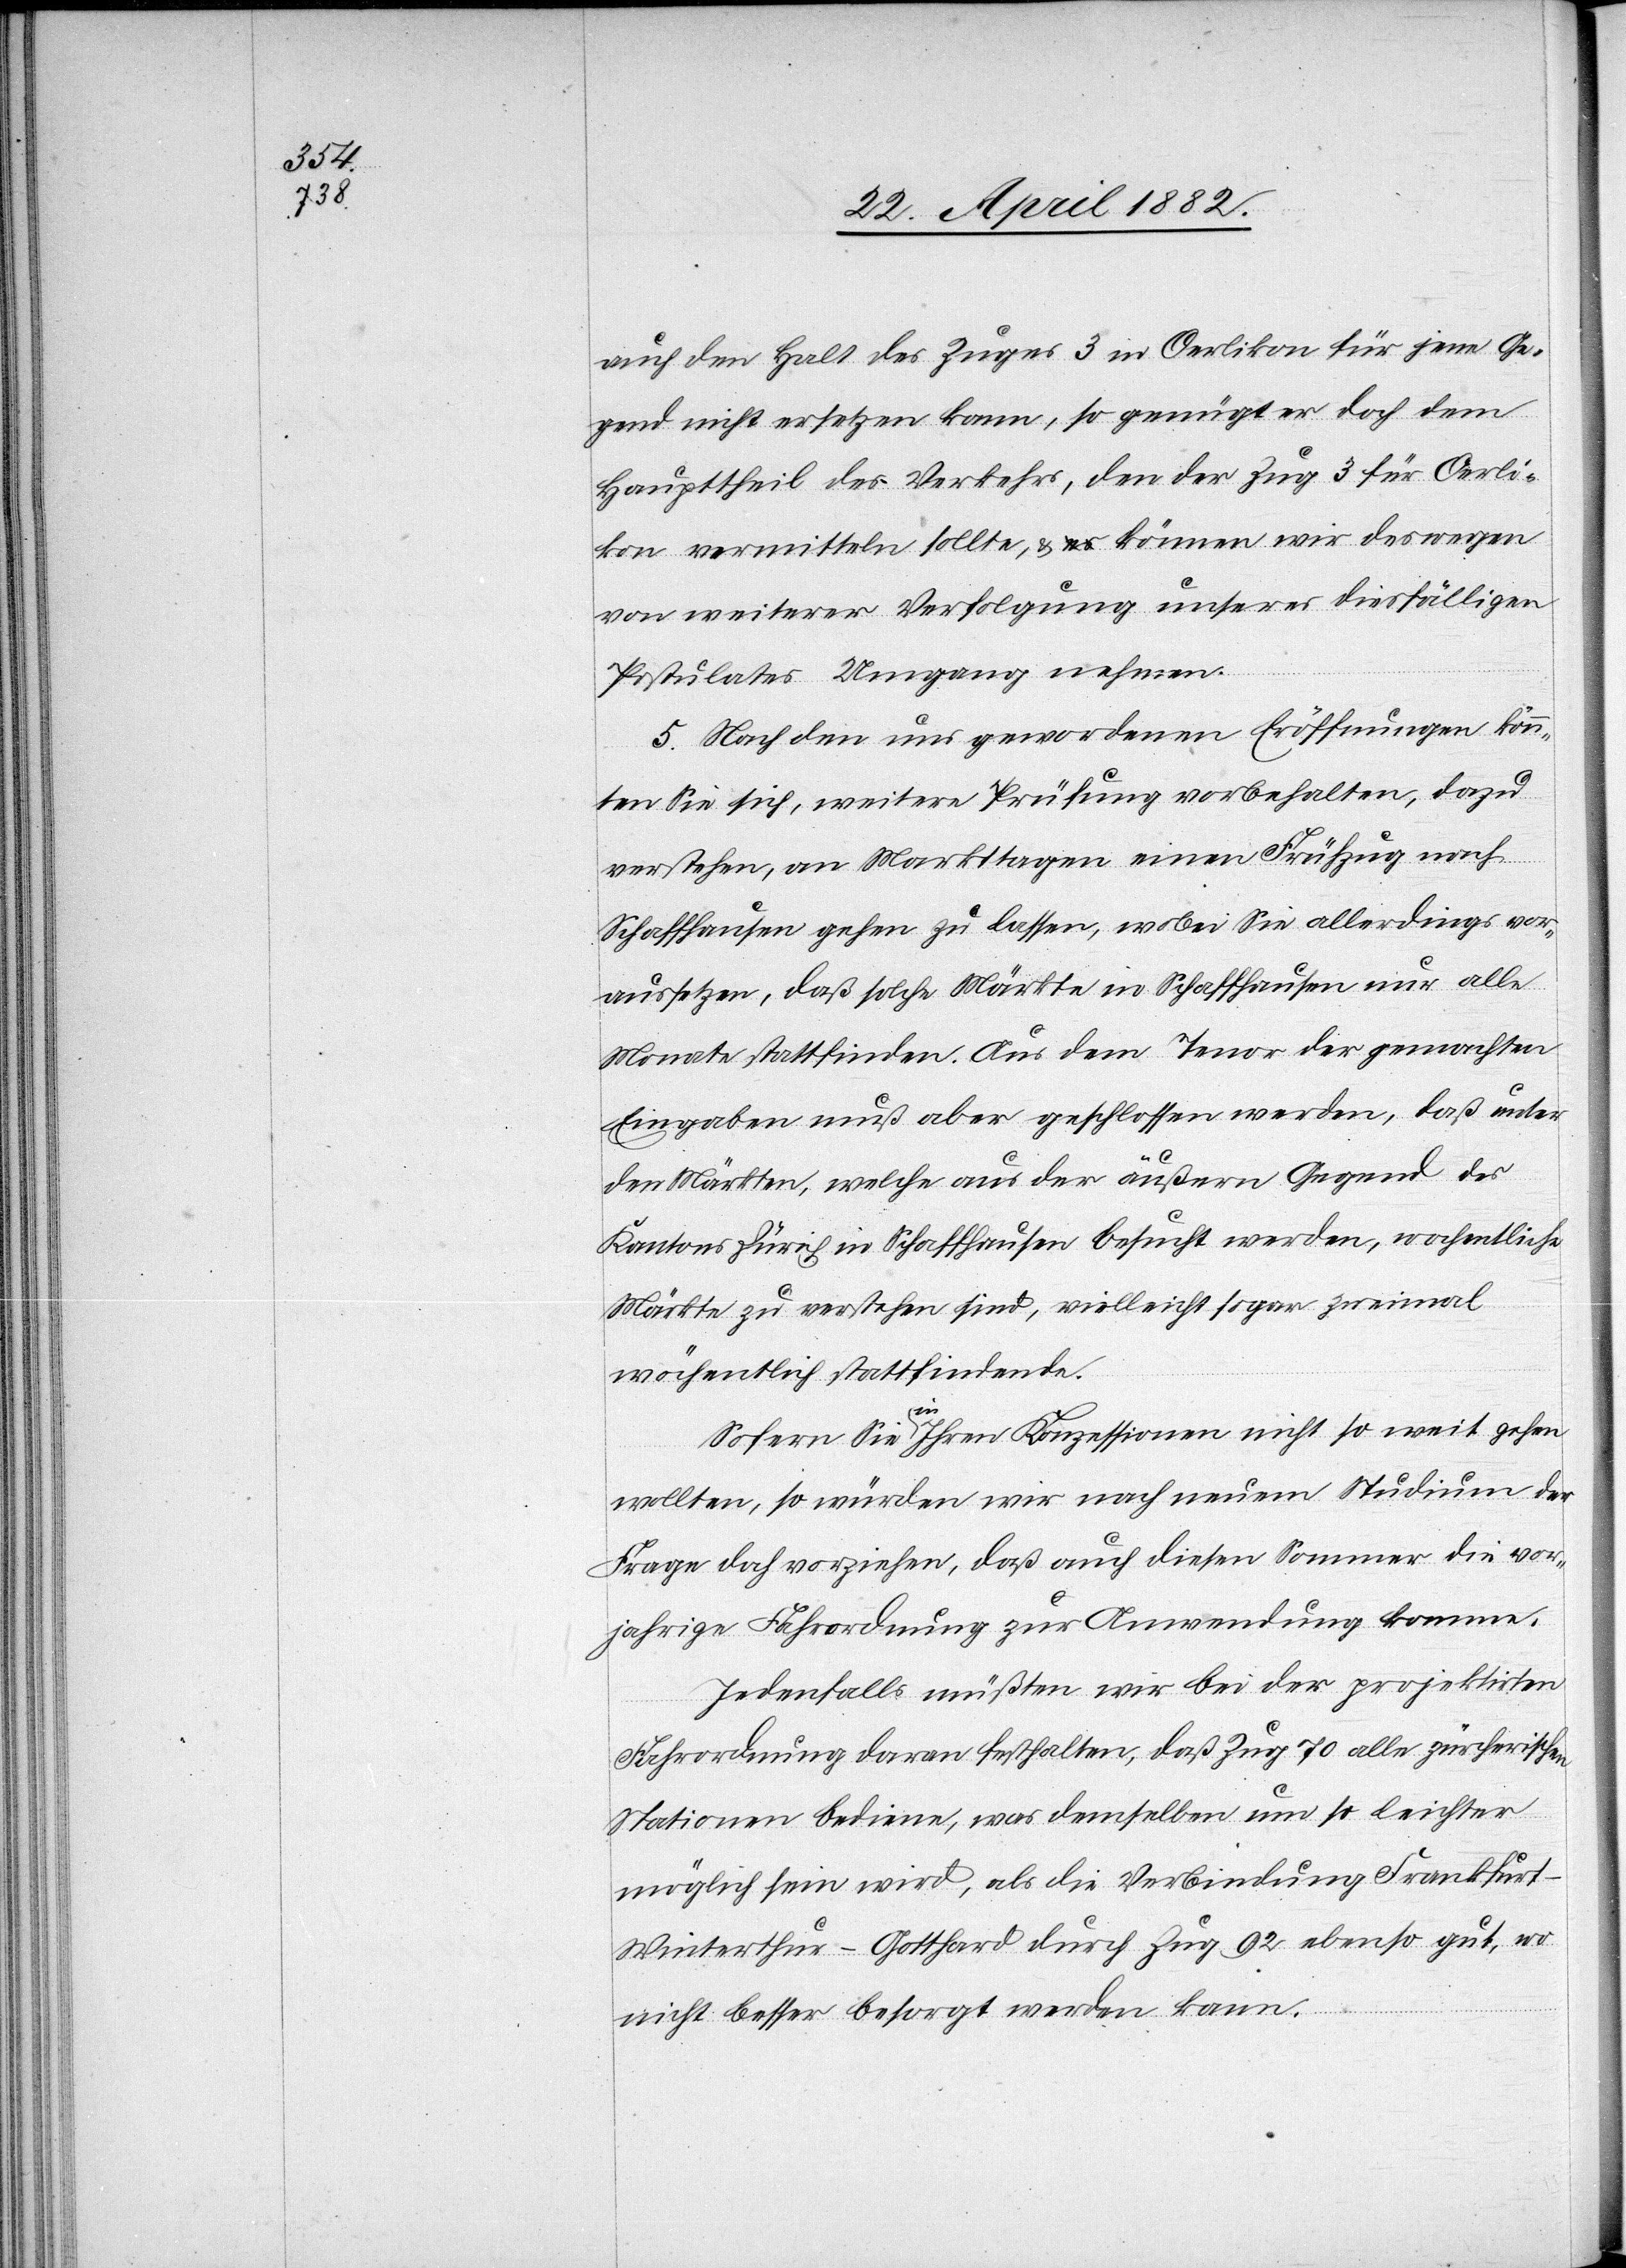
auch den Halt des Zuges 3 in Oerlikon für jene Ge¬
gend nicht ersetzen kann, so genügt er doch dem
Haupttheil des Verkehrs, den der Zug 3 für Oerli¬
kon vermitteln sollte & können wir deswegen
von weiterer Verfolgung unseres diesfälligen
Postulates Umgang nehmen.
5. Nach den uns gewordenen Eröffnungen könn¬
en Sie sich, weitere Prüfung vorbehalten, dazu
verstehen, an Markttagen einen Frühzug nach
Schaffhausen gehen zu lassen, wobei Sie allerdings vor¬
aussetzen, daß solche Märkte in Schaffhausen nur alle
Monate stattfinden. Aus dem Tenor der gemachten
Eingaben muß aber geschlossen werden, daß unter
den Märkten, welche aus der äußern Gegend des
Kantons Zürich in Schaffhausen besucht werden, wöchentliche
Märkte zu verstehen sind, vielleicht sogar zweimal
wöchentlich stattfindende.
Sofern Sie in Ihren Konzessionen nicht so weit gehen
wollten, so würden wir nach neuem Studium der
Frage doch vorziehen, daß auch diesen Sommer die vor¬
jährige Fahrordnung zur Anwendung komme.
Jedenfalls müßten wir bei der projektirten
Fahrordnung daran festhalten, daß Zug 70 alle zürcherischen
Stationen bediene, was demselben um so leichter
möglich sein wird, als die Verbindung Frankfur¬
t–Winterthur–Gotthard durch Zug 92 ebenso gut, wo
nicht besser besorgt werden kann.